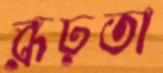
রূঢ়তা